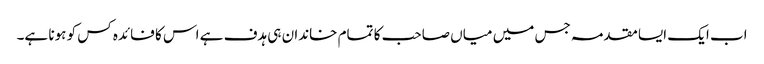
اب ایک ایسا مقدمہ جس میں میاں صاحب کا تمام خاندان ہی ہدف ہے اس کا فائدہ کس کو ہونا ہے۔